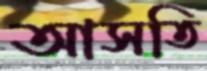
আসতি